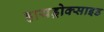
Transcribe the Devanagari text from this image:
हायड्रोक्साइड